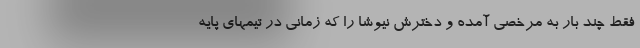
فقط چند بار به مرخصی آمده و دخترش نیوشا را که زمانی در تیمهای پایه